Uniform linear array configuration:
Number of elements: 48
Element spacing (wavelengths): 0.25
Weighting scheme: blackman
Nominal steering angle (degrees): -15
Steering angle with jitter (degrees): -16.029
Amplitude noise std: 0.05
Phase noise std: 0.05

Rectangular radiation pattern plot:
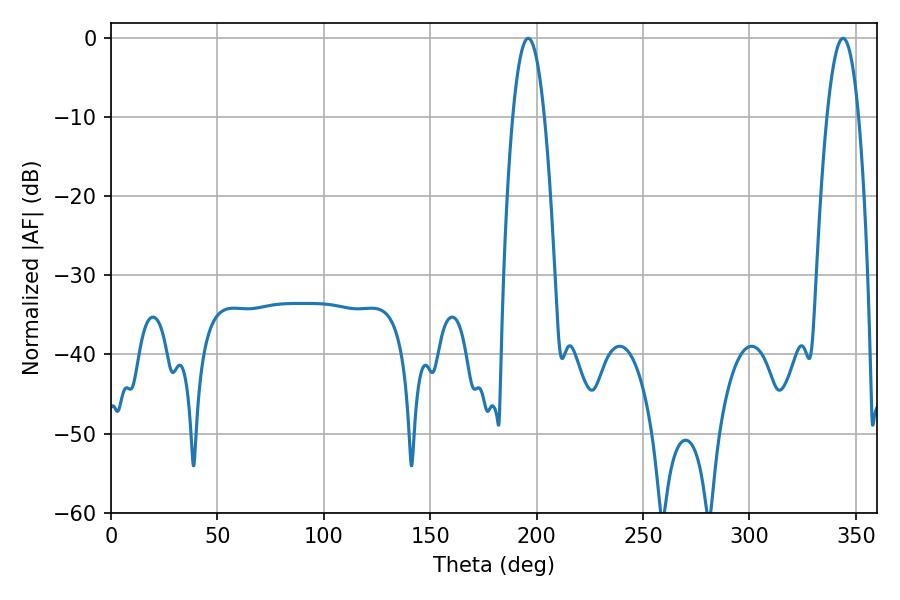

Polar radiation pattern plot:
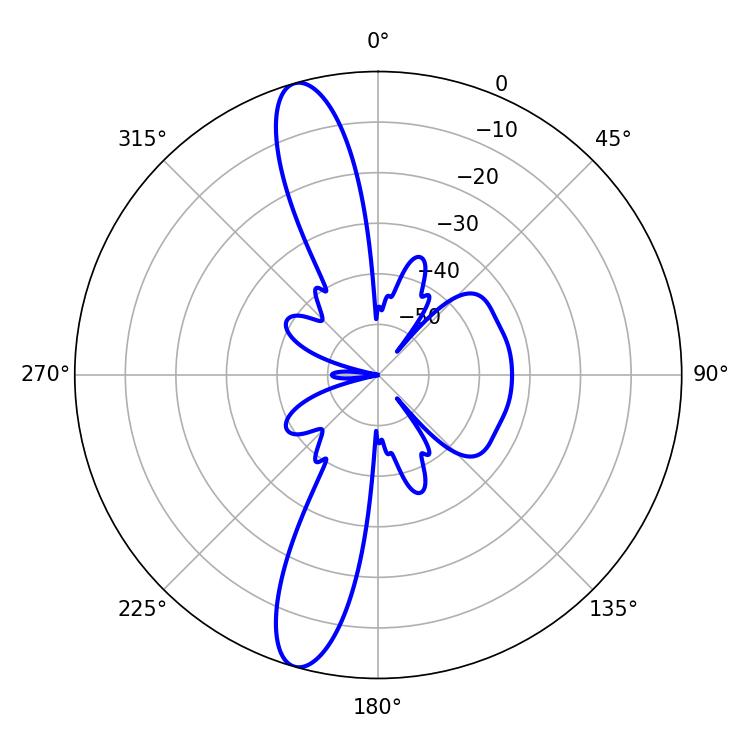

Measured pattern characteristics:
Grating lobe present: FALSE
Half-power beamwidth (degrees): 8.1
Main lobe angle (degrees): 196.02